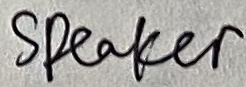
Text: SPEAKER